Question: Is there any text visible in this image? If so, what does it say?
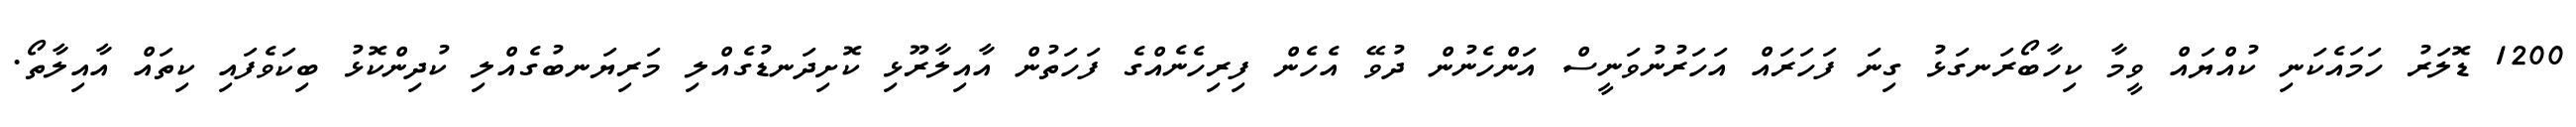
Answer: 1200 ޑޮލަރު ހަމައެކަނި ކުއްޔައް ވީމާ ކިހާބޯރަނގަޅު ގިނަ ފަހަރައް އަހަރުނުވަނީސް އަންހެނުން ދުވޭ އެހެން ފިރިހެނެއްގެ ފަހަތުން އާއިލާރޫޅި ކޮށިދަނޑުގެއްލި މަރިޔަނބުގެއްލި ކުދިންކޮޅު ބިކަވެފައި ކިތައް އާއިލާތޯ.